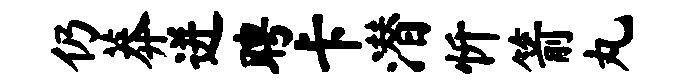
仍莽迸聘卡潜忻箭丸